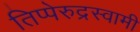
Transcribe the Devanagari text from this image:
तिप्पेरुद्रस्वामी